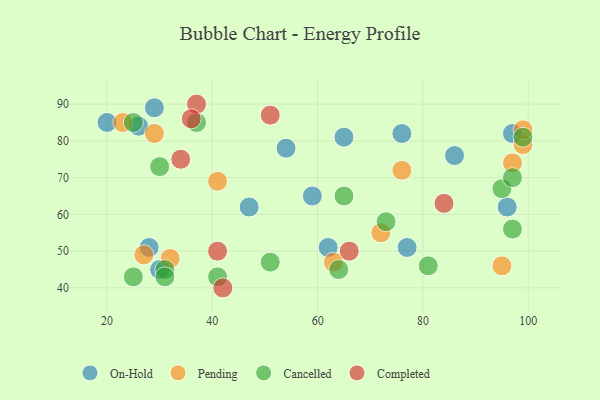
{"axis": {"x": "GDP", "y": "Life Expectancy"}, "legend": ["Cancelled", "Completed", "On-Hold", "Pending"], "data": [{"x": "62", "y": 51, "type": "On-Hold"}, {"x": "26", "y": 84, "type": "On-Hold"}, {"x": "76", "y": 82, "type": "On-Hold"}, {"x": "77", "y": 51, "type": "On-Hold"}, {"x": "47", "y": 62, "type": "On-Hold"}, {"x": "28", "y": 51, "type": "On-Hold"}, {"x": "65", "y": 81, "type": "On-Hold"}, {"x": "86", "y": 76, "type": "On-Hold"}, {"x": "30", "y": 45, "type": "On-Hold"}, {"x": "29", "y": 89, "type": "On-Hold"}, {"x": "54", "y": 78, "type": "On-Hold"}, {"x": "97", "y": 82, "type": "On-Hold"}, {"x": "20", "y": 85, "type": "On-Hold"}, {"x": "59", "y": 65, "type": "On-Hold"}, {"x": "96", "y": 62, "type": "On-Hold"}, {"x": "23", "y": 85, "type": "Pending"}, {"x": "72", "y": 55, "type": "Pending"}, {"x": "29", "y": 82, "type": "Pending"}, {"x": "63", "y": 47, "type": "Pending"}, {"x": "97", "y": 74, "type": "Pending"}, {"x": "41", "y": 69, "type": "Pending"}, {"x": "99", "y": 79, "type": "Pending"}, {"x": "76", "y": 72, "type": "Pending"}, {"x": "32", "y": 48, "type": "Pending"}, {"x": "27", "y": 49, "type": "Pending"}, {"x": "95", "y": 46, "type": "Pending"}, {"x": "99", "y": 83, "type": "Pending"}, {"x": "81", "y": 46, "type": "Cancelled"}, {"x": "51", "y": 47, "type": "Cancelled"}, {"x": "25", "y": 85, "type": "Cancelled"}, {"x": "30", "y": 73, "type": "Cancelled"}, {"x": "37", "y": 85, "type": "Cancelled"}, {"x": "97", "y": 56, "type": "Cancelled"}, {"x": "95", "y": 67, "type": "Cancelled"}, {"x": "31", "y": 45, "type": "Cancelled"}, {"x": "97", "y": 70, "type": "Cancelled"}, {"x": "31", "y": 43, "type": "Cancelled"}, {"x": "64", "y": 45, "type": "Cancelled"}, {"x": "99", "y": 81, "type": "Cancelled"}, {"x": "73", "y": 58, "type": "Cancelled"}, {"x": "25", "y": 43, "type": "Cancelled"}, {"x": "41", "y": 43, "type": "Cancelled"}, {"x": "65", "y": 65, "type": "Cancelled"}, {"x": "41", "y": 50, "type": "Completed"}, {"x": "37", "y": 90, "type": "Completed"}, {"x": "66", "y": 50, "type": "Completed"}, {"x": "42", "y": 40, "type": "Completed"}, {"x": "36", "y": 86, "type": "Completed"}, {"x": "34", "y": 75, "type": "Completed"}, {"x": "51", "y": 87, "type": "Completed"}, {"x": "84", "y": 63, "type": "Completed"}]}